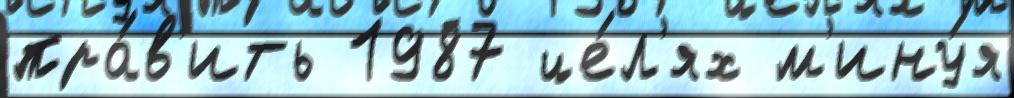
пра́в'ить 1987 це́л'ях м'ину́я